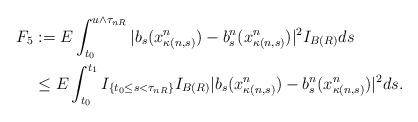
LaTeX: \begin{align*} F_5& := E\int_{t_0}^{u \wedge \tau_{nR}}|b_s(x^n_{\kappa(n,s)})-b^n_s(x^n_{\kappa(n,s)})|^2 I_{B(R)} ds \\&\leq E\int_{t_0}^{t_1}I_{\{t_0 \leq s <\tau_{nR}\}} I_{B(R)}|b_s(x^n_{\kappa(n,s)})-b^n_s(x^n_{\kappa(n,s)})|^2 ds.\end{align*}